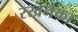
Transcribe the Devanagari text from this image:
रखनेका